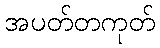
အပတ်တကုတ်